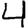
Digit: 4